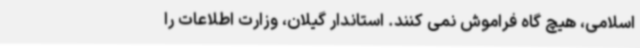
اسلامی، هیچ گاه فراموش نمی کنند. استاندار گیلان، وزارت اطلاعات را